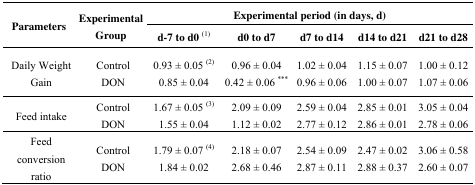
| <ROWSPAN=2> Parameters | <ROWSPAN=2> Experimental Group | <COLSPAN=5> Experimental period (in days, d) |
 | d-7 to d0(1) | d0 to d7 | d7 to d14 | d14 to d21 | d21 to d28 |
 | --- | --- | --- | --- | --- | --- | --- |
 | <ROWSPAN=2> Daily Weight Gain | Control | 0.93 ± 0.05 (2) | 0.96 ± 0.04 | 1.02 ± 0.04 | 1.15 ± 0.07 | 1.00 ± 0.12 |
 | DON | 0.85 ± 0.04 | 0.42 ± 0.06 *** | 0.96 ± 0.06 | 1.00 ± 0.07 | 1.07 ± 0.06 |
 | <ROWSPAN=2> Feed intake | Control | 1.67 ± 0.05 (3) | 2.09 ± 0.09 | 2.59 ± 0.04 | 2.85 ± 0.01 | 3.05 ± 0.04 |
 | DON | 1.55 ± 0.04 | 1.12 ± 0.02 | 2.77 ± 0.12 | 2.86 ± 0.01 | 2.78 ± 0.06 |
 | <ROWSPAN=2> Feed conversion ratio | Control | 1.79 ± 0.07 (4) | 2.18 ± 0.07 | 2.54 ± 0.09 | 2.47 ± 0.02 | 3.06 ± 0.58 |
 | DON | 1.84 ± 0.02 | 2.68 ± 0.46 | 2.87 ± 0.11 | 2.88 ± 0.37 | 2.60 ± 0.07 |